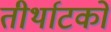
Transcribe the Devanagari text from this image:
तीर्थाटकों